Annual vaccination report of Bihar and Orissa - 1911-1928
Year: 1911
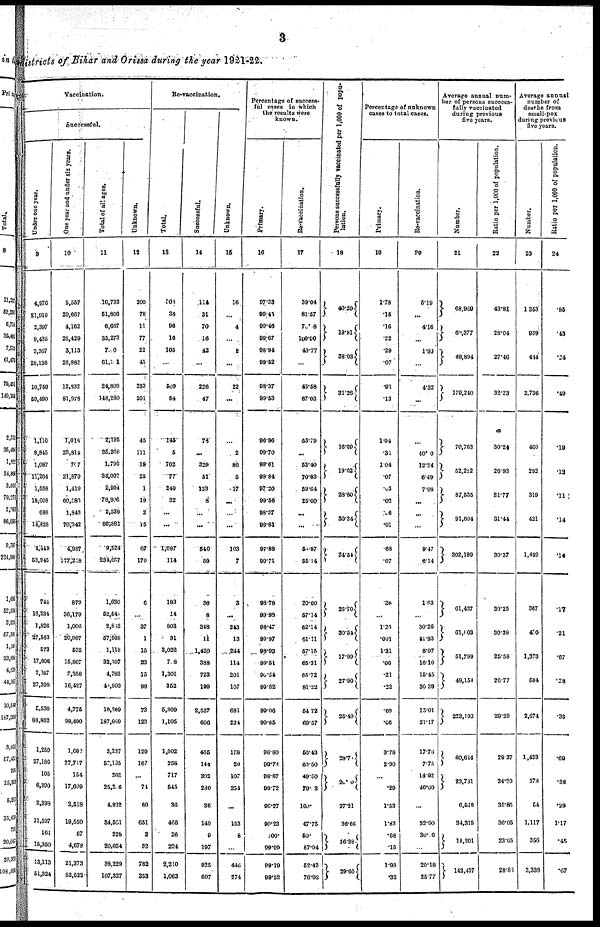
3
districts of Bihar and Orissa during the year 1921-22.
Vaccination.
Successful.
Under one year.
9
4,976
21,919
2,397
9,435
3,367
28,136
10,740
59,490
1,116
9,845
1,087
11,264
1,558
18,008
688
14,828
4,449
53,945
744
18,234
1,826
27,563
573
17,608
2,387
27,399
5,530
88,802
1,250
27,186
105
6,300
2,398
11,597
161
15,350
13,113
51,324
One year and under six years.
10
5,557
20,667
4,162
25,429
3,113
26,882
12,882
81,978
1,018
23,814
707
21,879
1,419
60,583
1,843
70,942
4,987
177,218
879
36,179
1,006
29,987
532
15,807
8,358
16,427
4,775
98,400
1,602
27,717
154
17,609
2,518
19,550
67
4,678
21,373
52,522
Total of all ages.
11
10,733
51,866
6,667
35,273
700
61,101
24,809
148,280
2,195
35,268
1,798
34,000
2,994
78,996
2,539
85,881
9,524
234,057
1,630
52,541
2,813
67,568
1,113
33,507
4,78
40,003
10,369
187,669
3,237
57,135
268
25,206
4,932
34,501
228
20,054
38,229
107,327
Unknown.
12
200
79
11
77
22
45
283
201
45
111
19
26
1
19
2
15
67
170
0
...
7
1
15
23
15
99
73
123
129
167
...
74
60
651
2
32
782
353
Re-vaccination.
Total.
13
209
38
96
16
105
...
509
54
145
5
702
77
240
32
...
...
1,087
114
183
14
803
31
3,022
7.8
1,301
352
5,309
1,105
1,002
258
717
545
36
465
26
224
2,210
1,063
Successful.
14
114
31
70
16
42
...
226
47
78
...
329
51
133
8
...
...
540
59
36
8
348
11
1,420
388
723
199
2,527
606
465
144
302
280
36
149
9
197
925
607
Unknown.
15
16
...
4
...
2
...
22
...
...
2
86
5
.17
...
...
...
103
7
3
...
243
13
244
114
201
107
691
234
178
20
107
254
...
153
8
...
446
274
Percentage of success-
ful cases in which
the results were
known.
Primary.
16
97.33
99.45
90.46
99.67
98.94
99.52
98.37
99.53
96.86
99.70
99.61
99.84
97.20
99.56
98.37
99.81
97.88
99.71
98.78
99.98
98.47
99.97
98.93
99.51
99.54
99.82
99.06
99.85
98.80
99.73
98.87
99.72
90.27
99.23
100.
99.99
99.19
99.62
Re-vaccination.
17
39.04
81.57
70.8
100.00
40.77
...
45.58
87.03
53.79
...
63.40
70.83
69.64
25.00
...
...
54.87
55.14
20.00
57.14
62.14
61.11
57.15
65.31
65.72
81.22
54.72
69.57
56.43
60.50
49.50
79.03
100.
47.75
50.
87.94
52.43
76.92
Persons successfully vaccinated per 1,000 of popu-
lation.
18
40.20
19.81
38.03
31.26
16.00
19.02
28.80
30,34
24.54
26.70
30.54
17.99
27.90
25.49
29.7
20.0
27.21
36.66
26.38
29.60
Percentage of unknown
cases to total cases.
Primary.
19
1.78
.15
.16
.22
.29
.07
.91
.13
1.94
.31
1.04
.07
.03
.02
.06
.01
.68
.07
.36
...
1.26
.001
1.31
.06
.31
.22
.69
.06
3.78
2.90
...
.29
1.53
1.83
.68
.15
1.98
.32
Re-vaccination.
20
5.19
...
4.16
...
1.90
...
4.32
...
...
40.0
12.24
6.49
7.08
...
...
...
9.47
6.14
1.63
...
30.26
41.93
8.07
16.10
15.45
30.39
13.01
21.17
17.76
7.75
14.92
46.60
...
32.90
30.06
...
20.18
25.77
Average annual num-
ber of persons success-
fully vaccinated
during previous
five years.
Number.
21
68,969
60,377
49,894
179,240
70,763
52,282
87,535
91,604
302,189
61,437
61,803
51,799
48,154
223,193
60,614
23,731
6,546
34,315
18,201
143,437
Ratio per 1,000 of population.
22
43.81
28.04
27.40
32.33
30.24
26.93
31.77
31.44
30.37
30.25
30.38
25.58
26.77
28.29
29.37
24.20
35.85
36.05
23.05
28.81
Average annual
number of
deaths from
small-pox
during, previous
five years.
Number.
23
1,353
939
444
2,736
460
292
319
421
1,492
367
4.0
1,373
504
2,674
1,433
378
54
1,117
356
3,338
Ratio per 1,000 of population.
24
.85
.43
.24
.49
.19
.12
.11
.14
.14
.17
.21
.67
.28
.33
.69
.38
.29
1.17
.45
.67